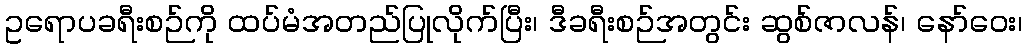
ဥရောပခရီးစဉ်ကို ထပ်မံအတည်ပြုလိုက်ပြီး၊ ဒီခရီးစဉ်အတွင်း ဆွစ်ဇာလန်၊ နော်ဝေး၊